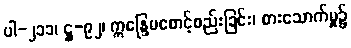
ပါ-၂၁၁၊ ဋ္ဌ-၉၂၊ ဣန္ဒြေမစောင့်စည်းခြင်း၊ စားသောက်မှု၌